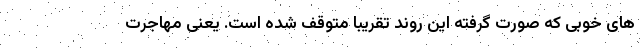
های خوبی که صورت گرفته این روند تقریباً متوقف شده است. یعنی مهاجرت